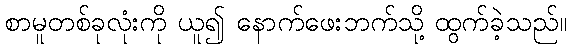
စာမူတစ်ခုလုံးကို ယူ၍ နောက်ဖေးဘက်သို့ ထွက်ခဲ့သည်။